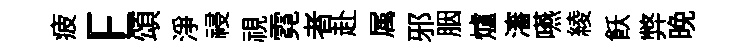
疲E頌淨祲視霓者赴属邪胭爐瀋嚥綾飫弊晚